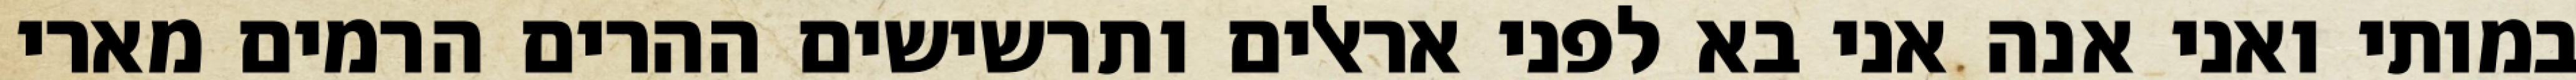
במותי ואני אנה אני בא לפני אראלים ותרשישים ההרים הרמים מארי